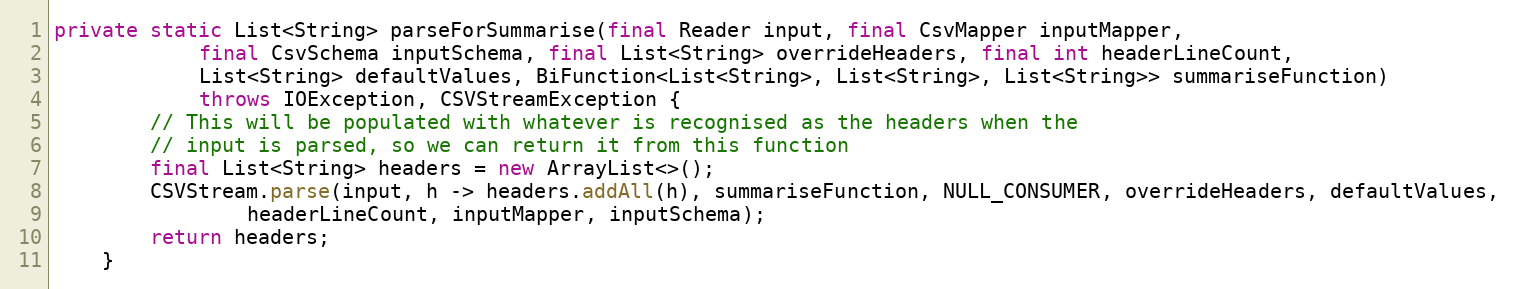
Language: Java
private static List<String> parseForSummarise(final Reader input, final CsvMapper inputMapper,
			final CsvSchema inputSchema, final List<String> overrideHeaders, final int headerLineCount,
			List<String> defaultValues, BiFunction<List<String>, List<String>, List<String>> summariseFunction)
			throws IOException, CSVStreamException {
		// This will be populated with whatever is recognised as the headers when the
		// input is parsed, so we can return it from this function
		final List<String> headers = new ArrayList<>();
		CSVStream.parse(input, h -> headers.addAll(h), summariseFunction, NULL_CONSUMER, overrideHeaders, defaultValues,
				headerLineCount, inputMapper, inputSchema);
		return headers;
	}